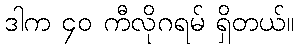
ဒါက ၄၀ ကီလိုဂရမ် ရှိတယ်။